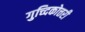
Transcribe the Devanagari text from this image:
गुच्दिकोत्तरी